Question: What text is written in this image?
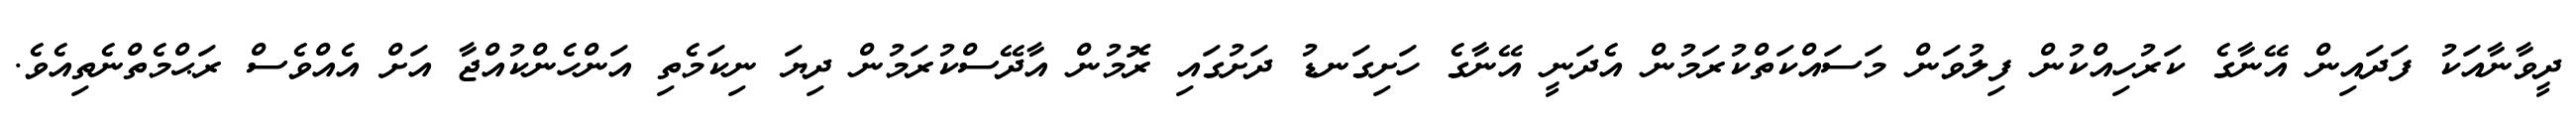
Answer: ދީވާނާއަކު ފަދައިން އޭނާގެ ކަރުހިއްކުން ފިލުވަން މަސައްކަތްކުރަމުން އެދަނީ އޭނާގެ ހަށިގަނޑު ދަށުގައި ރޮމުން އާދޭސްކުރަމުން ދިޔަ ނިކަމެތި އަންހެންކުއްޖާ އަށް އެއްވެސް ރަޙްމެތްނެތިއެވެ.